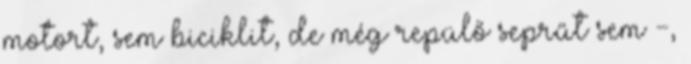
motort, sem biciklit, de még repülő seprűt sem -,